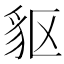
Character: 䝙